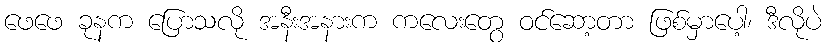
ဖေဖေ ခုနက ပြောသလို အနီးအနားက ကလေးတွေ ဝင်ဆော့တာ ဖြစ်မှာပေါ့၊ ဒီလိုပဲ